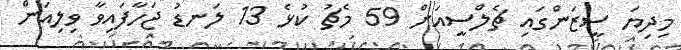
މިދިޔަ ސީޒަންގައި ޗެލްސީއަށް 59 މެޗު ކުޅެ 13 ލަނޑު ޖަހާފައިވާ ވިލިއަން